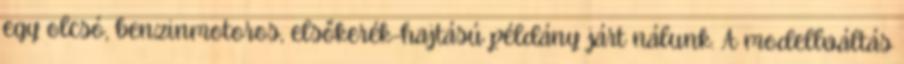
egy olcsó, benzinmotoros, elsőkerék-hajtású példány járt nálunk. A modellváltás